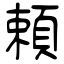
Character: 頼